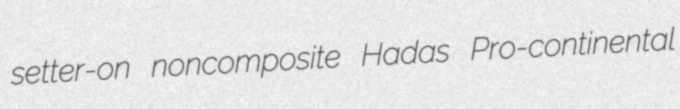
setter-on noncomposite Hadas Pro-continental